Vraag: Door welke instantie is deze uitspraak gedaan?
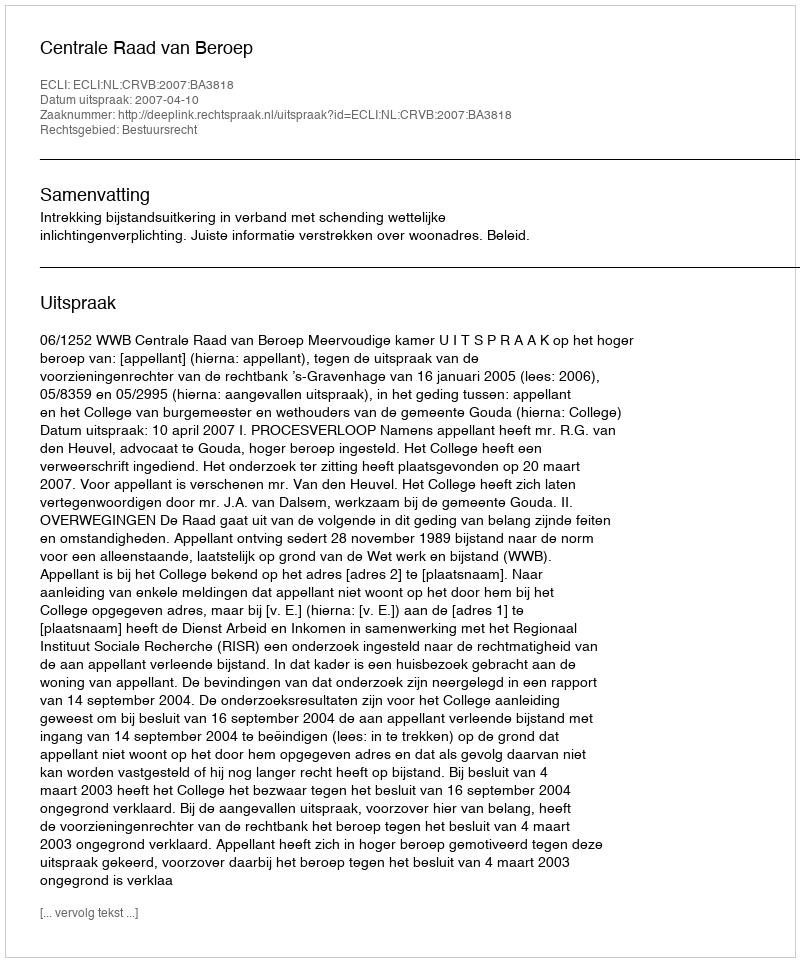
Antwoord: Centrale Raad van Beroep